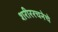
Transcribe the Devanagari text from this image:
शरीररचनेचे